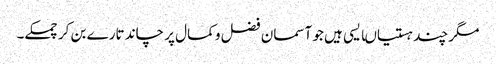
مگر چند ہستیاںایسی ہیں جو آسمان فضل و کمال پر چاند تارے بن کر چمکے۔